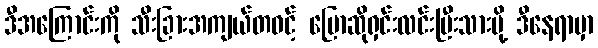
ဒီအကြောင်းကို သီးခြားအကျယ်တဝင့် ပြောဆိုရှင်းလင်းပြီးသားမို့ ဒီနေရာမှာ